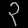
Digit: ၃